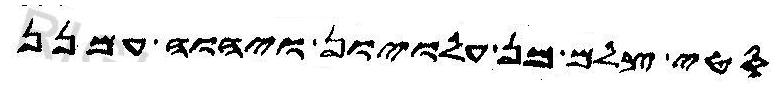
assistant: סטי צלם מן עלויון ויהוה עמנן